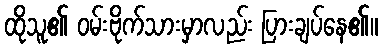
ထိုသူ၏ ဝမ်းဗိုက်သားမှာလည်း ပြားချပ်နေ၏။